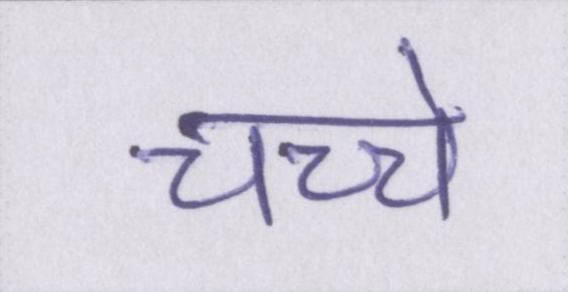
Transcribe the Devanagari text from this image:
चच्चे